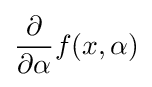
{\frac {\partial }{\partial \alpha }}f(x,\alpha )